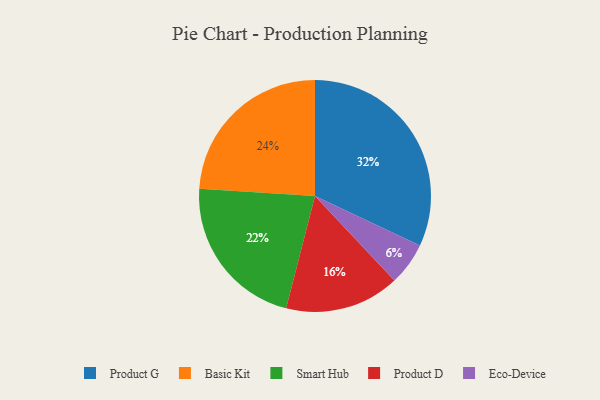
{"axis": {"x": "Category", "y": "Percentage"}, "legend": ["Basic Kit", "Eco-Device", "Product D", "Product G", "Smart Hub"], "data": [{"x": "Smart Hub", "y": 22, "type": "Smart Hub"}, {"x": "Product D", "y": 16, "type": "Product D"}, {"x": "Product G", "y": 32, "type": "Product G"}, {"x": "Eco-Device", "y": 6, "type": "Eco-Device"}, {"x": "Basic Kit", "y": 24, "type": "Basic Kit"}]}